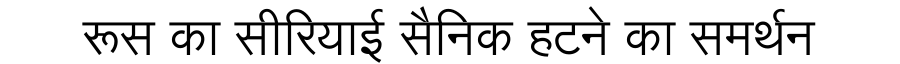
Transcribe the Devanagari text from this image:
रूस का सीरियाई सैनिक हटने का समर्थन